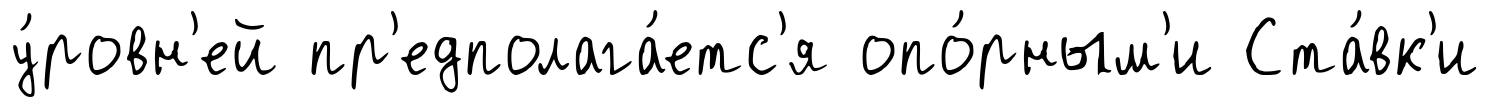
у́ровн'ей пр'едполага́етс'я опо́рным'и Ста́вк'и